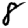
Digit: 8